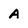
Character: A